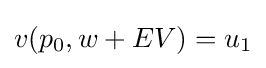
v(p_{0},w+EV)=u_{1}